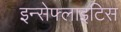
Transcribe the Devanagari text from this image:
इन्सेफ्लाइटिस